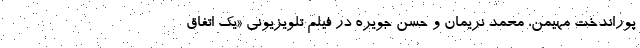
پوراندخت مهیمن، محمد نریمان و حسن جویره در فیلم تلویزیونی «یک اتفاق